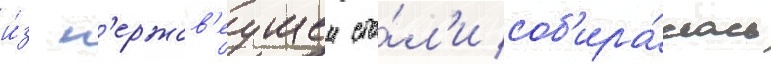
и́з н'ержав'еущеи ста́л'и соб'ира́лась